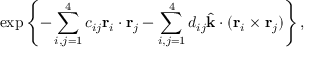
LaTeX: \exp \left\{ - \sum _ { i , j = 1 } ^ { 4 } c _ { i j } \mathrm { \bf r } _ { i } \cdot \mathrm { \bf r } _ { j } - \sum _ { i , j = 1 } ^ { 4 } d _ { i j } \hat { \mathrm { \bf k } } \cdot ( \mathrm { \bf r } _ { i } \times \mathrm { \bf r } _ { j } ) \right\} ,